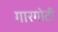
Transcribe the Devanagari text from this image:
गारगाेटी